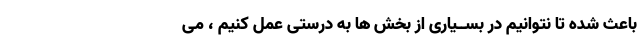
باعث شده تا نتوانیم در بســیارى از بخش ها به درستی عمل کنیم ، مى‌